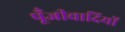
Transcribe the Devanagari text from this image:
पूँजीवादियों